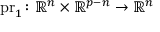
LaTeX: { \mathrm { p r } _ { 1 } } \colon { \mathbb { R } ^ { n } } \times { \mathbb { R } ^ { p - n } } \to { \mathbb { R } ^ { n } }